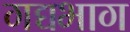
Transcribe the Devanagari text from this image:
गद्यभाग